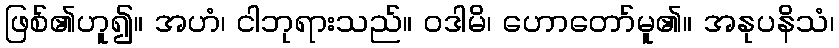
ဖြစ်၏ဟူ၍။ အဟံ၊ ငါဘုရားသည်။ ဝဒါမိ၊ ဟောတော်မူ၏။ အနုပနိသံ၊